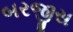
બરજીસ